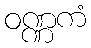
ဝဏ္ဏကံ